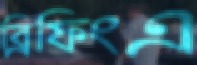
ব্রিফিংএ